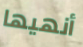
أنهيها